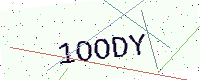
Text: 1OODY